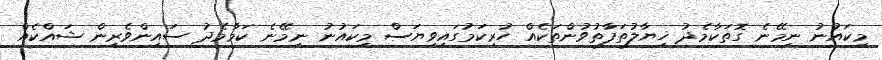
މިކައުނު ނިމޭނެ ގޮތަކާމެދު ޚިޔާލުތަފާތުވުންތަކެއް ހުރިކަމުގައިވިޔަސް މިކައުނު ނިމޭނެ ކަމާމެދު ސައިންވެރިން ޝައްކެއް